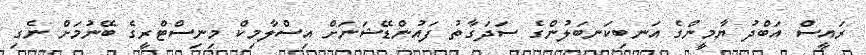
ރައީސް އަބްދު ޔާމީންގެ އަނބިކަނބަލުންގެ ސަދަގާތު ފައުންޑޭޝަނަށް އިސްލާމިކް މިނިސްޓްރީގެ ބޭނުމަށް ނެގި